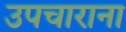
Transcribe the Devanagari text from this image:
उपचाराना